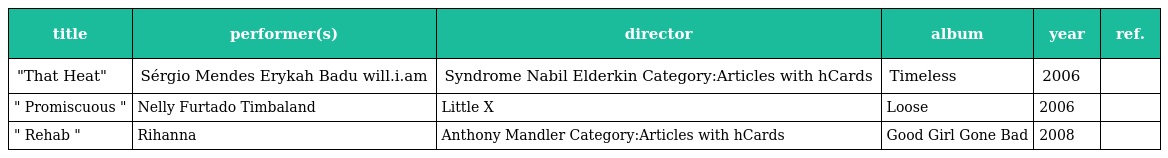
| title | performer(s) | director | album | year | ref. |
 | --- | --- | --- | --- | --- | --- |
 | "That Heat" | Sérgio Mendes Erykah Badu will.i.am | Syndrome Nabil Elderkin Category:Articles with hCards | Timeless | 2006 |  |
 | " Promiscuous " | Nelly Furtado Timbaland | Little X | Loose | 2006 |  |
 | " Rehab " | Rihanna | Anthony Mandler Category:Articles with hCards | Good Girl Gone Bad | 2008 |  |